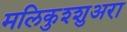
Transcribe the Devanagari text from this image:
मलिकुश्शुअरा